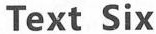
Text Six